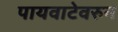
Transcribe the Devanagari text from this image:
पायवाटेवरुन